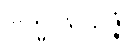
ဗြဟ္မပါရိသဇ္ဇံ